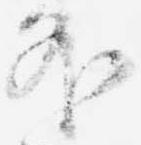
外